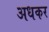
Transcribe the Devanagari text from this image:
अधकर